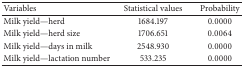
<table><thead><tr><td><b>Variables</b></td><td><b>Statistical values</b></td><td><b>Probability</b></td></tr></thead><tbody><tr><td>Milk yield—herd</td><td>1684.197</td><td>0.0000</td></tr><tr><td>Milk yield—herd size</td><td>1706.651</td><td>0.0064</td></tr><tr><td>Milk yield—days in milk</td><td>2548.930</td><td>0.0000</td></tr><tr><td>Milk yield—lactation number</td><td>533.235</td><td>0.0000</td></tr></tbody></table>